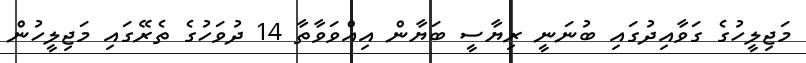
މަޖިލީހުގެ ގަވާއިދުގައި ބުނަނީ ރިޔާސީ ބަޔާން އިއްވަވާތާ 14 ދުވަހުގެ ތެރޭގައި މަޖިލީހުން